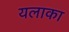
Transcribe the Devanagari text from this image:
यलाका